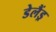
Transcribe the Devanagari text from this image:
डेलैंड्र